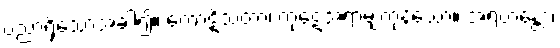
ပညာရှိသောအခါ၍။ ကောဋိသတာ၊ ကုဋေအရာမျှကုန်သော။ အရဟန္တော၊